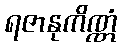
ရဇာနုကိဏ္ဏံ